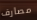
مصارف